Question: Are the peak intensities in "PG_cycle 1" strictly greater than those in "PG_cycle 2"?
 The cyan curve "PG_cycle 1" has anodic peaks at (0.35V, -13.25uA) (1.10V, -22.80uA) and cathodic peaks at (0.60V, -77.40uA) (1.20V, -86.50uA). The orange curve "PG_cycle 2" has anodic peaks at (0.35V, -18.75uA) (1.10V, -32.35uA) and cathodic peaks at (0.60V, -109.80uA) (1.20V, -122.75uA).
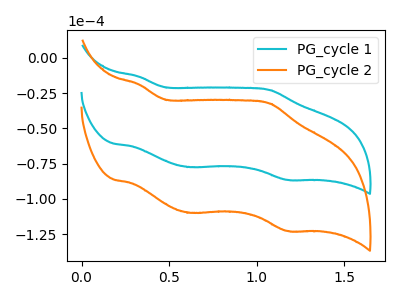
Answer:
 <answer>The peaks in "PG_cycle 1" are neither all higher or all lower than the peaks in "PG_cycle 2".</answer>
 <eval>mixed</eval>